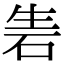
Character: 𥑦